Investigations on Bengal jail dietaries - Number 37
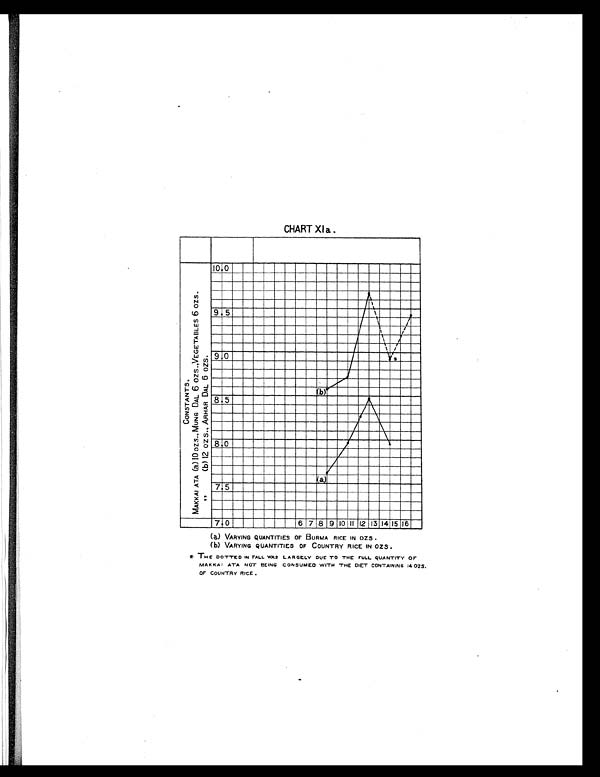
CHART XI a .
(a) VARYING QUANTITIES OF BURMA RICE IN OZS.
(b) VARYING QUANTITIES OF COUNTRY RICE IN OZS .
THE DOTTED IN FALL WAS LARGELY DUE TO THE FULL QUANTITY OF
MAKKAI ATA NOT BEING CONSUMED WITH THE DIET CONTAINING 14 OZS.
OF COUNTRY RICE .